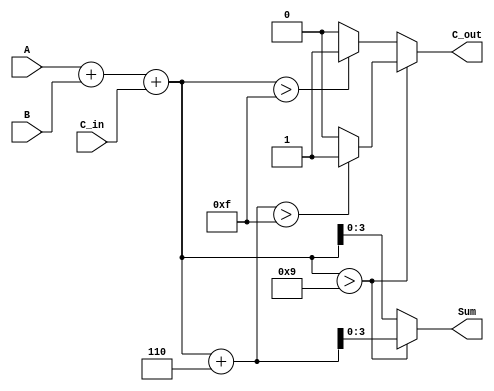
module BCD_Parallel_Adder (
    input  wire [3:0] A,        // 4-bit BCD digit from the first number
    input  wire [3:0] B,        // 4-bit BCD digit from the second number
    input  wire       C_in,      // 1-bit carry input
    output reg  [3:0] Sum,      // 4-bit output representing the BCD result
    output reg       C_out       // 1-bit carry output
);

// Internal variable for binary sum
wire [4:0] Sum_bin;  // 5 bits to hold the possible maximum sum

// Binary addition of A, B, and C_in
assign Sum_bin = A + B + C_in;

// Combinational logic to compute the valid BCD sum and carry out
always @(*) begin
    if (Sum_bin > 9) begin
        Sum = Sum_bin + 6;   // Correction for BCD
        C_out = (Sum_bin + 6 > 15) ? 1'b1 : 1'b0;  // Check for carry out condition
    end else begin
        Sum = Sum_bin[3:0];   // No correction needed, use lower 4 bits
        C_out = (Sum_bin > 15) ? 1'b1 : 1'b0;       // Check for carry out condition
    end
end

endmodule